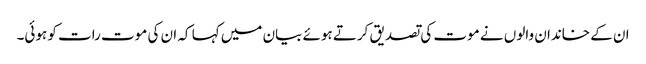
ان کے خاندان والوں نے موت کی تصدیق کرتے ہوئے بیان میں کہا کہ ان کی موت رات کو ہوئی۔